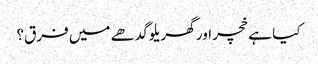
کیا ہے خچر اور گھریلو گدھے میں فرق؟